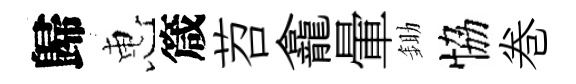
歸惠箴苕龕暈鋤恊巻